Report on lock hospitals in British Burma
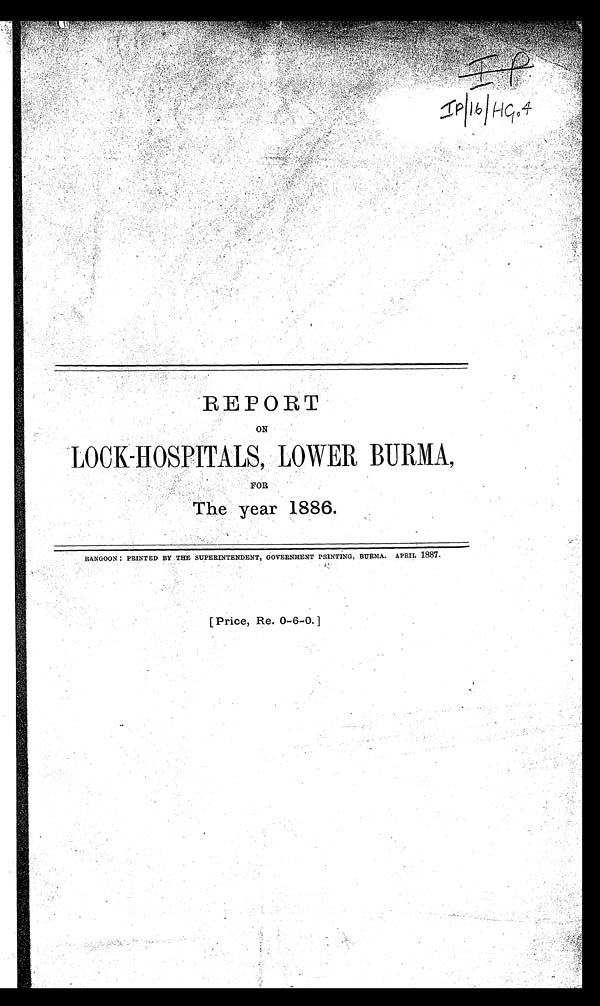
4
REPORT
ON
FOR
The year 1886.
RANGOON : PRINTED BY THE SUPERINTENDENT, GOVERNMENT PRINTING, BURMA. APRIL 1887.
[Price, Re. 0-6-0.]